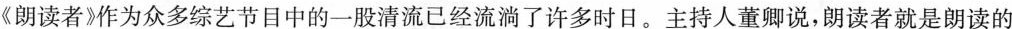
《朗读者》作为众多综艺节目中的一股清流已经流淌了许多时日。主持人董卿说，朗读者就是朗读的